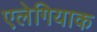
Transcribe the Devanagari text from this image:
एलेगियाक